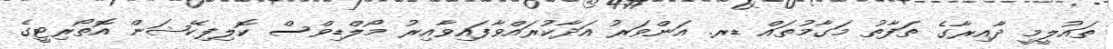
ތައުލީމީ ދާއިރާގެ ތަފާތު މަގާމުތައް ޑރ. އަންވަރު އަދާކުރައްވާފައިވާއިރު މޯލްޑިވްސް ކޮލިފިކޭޝަން އޮތޯރިޓީގެ